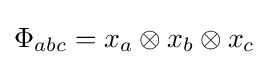
\Phi _{abc}=x_{a}\otimes x_{b}\otimes x_{c}